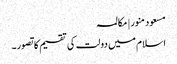
مسعود منور | مکالمہ
اسلام میں دولت کی تقسیم کا تصور۔